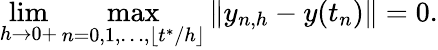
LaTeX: \operatorname*{lim}_{h\to 0+}\operatorname*{max}_{n=0,1,\dots,\lfloor t^{*}/h\rfloor}\| y_{n,h}-y(t_{n})\| =0.